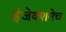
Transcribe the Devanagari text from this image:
इंजेक्शनेच